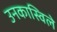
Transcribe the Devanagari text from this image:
उनकास्विले